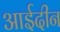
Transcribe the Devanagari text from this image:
आईदीन